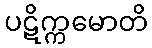
ပဋိက္ကမောတိ